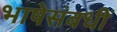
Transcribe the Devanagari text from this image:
भाषेसंबधीं